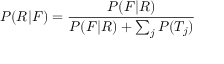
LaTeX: P ( R | F ) = { \frac { P ( F | R ) } { P ( F | R ) + \sum _ { j } { P ( T _ { j } ) } } }